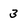
Character: 3